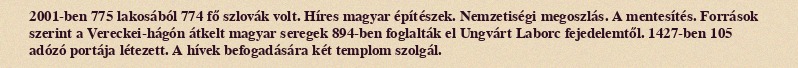
2001-ben 775 lakosából 774 fő szlovák volt. Híres magyar építészek. Nemzetiségi megoszlás. A mentesítés. Források szerint a Vereckei-hágón átkelt magyar seregek 894-ben foglalták el Ungvárt Laborc fejedelemtől. 1427-ben 105 adózó portája létezett. A hívek befogadására két templom szolgál.